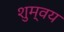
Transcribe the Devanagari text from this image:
शुम्वय